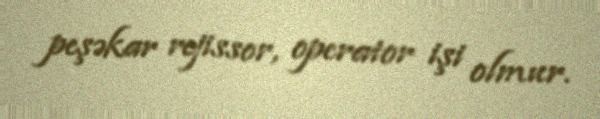
peşəkar rejissor, operator işi olmur.